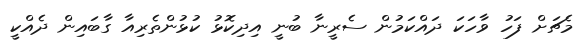
މެޗަށް ފަހު ވާހަކަ ދައްކަމުން ސެރީނާ ބުނީ އިދިކޮޅު ކުޅުންތެރިއާ ގާބައިން ދެއްކީ